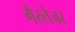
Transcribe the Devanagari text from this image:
गैरलेजर